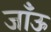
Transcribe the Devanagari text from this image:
जाँऊ